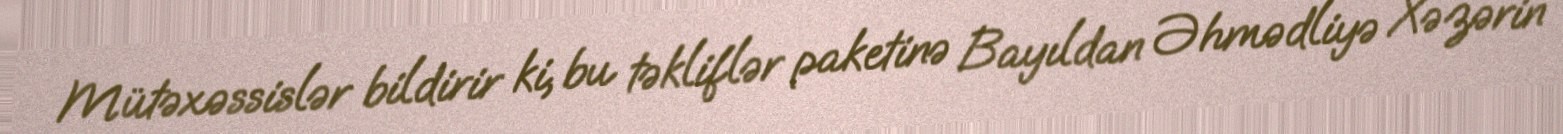
Mütəxəssislər bildirir ki, bu təkliflər paketinə Bayıldan Əhmədliyə Xəzərin